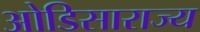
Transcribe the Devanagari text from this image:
ओडिसाराज्य